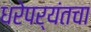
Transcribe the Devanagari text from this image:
धरेपर्यंतचा